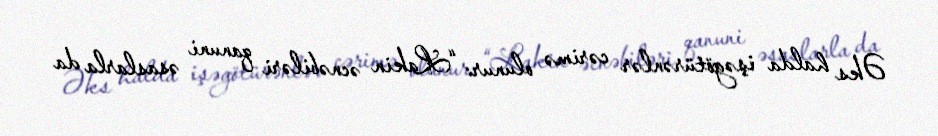
Əks halda işəgötürənlər cərimə olunur: “Lakin əcnəbiləri qanuni əsaslarla da